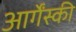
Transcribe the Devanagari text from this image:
आर्गेंस्की